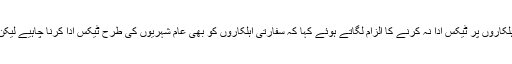
ادھر اسرائیلی وزارت خزانہ نے دفتر خارجہ کے اہلکاروں پر ٹیکس ادا نہ کرنے کا الزام لگاتے ہوئے کہا کہ سفارتی اہلکاروں کو بھی عام شہریوں کی طرح ٹیکس ادا کرنا چاہیے لیکن افسوس وہ خود کو قانون سے بالاتر سمجھتے ہیں۔